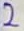
Text: 2